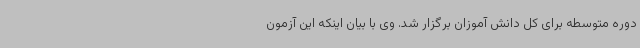
دوره متوسطه برای کل دانش آموزان برگزار شد. وی با بیان اینکه این آزمون